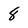
Character: 8